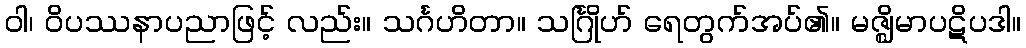
ဝါ၊ ဝိပဿနာပညာဖြင့် လည်း။ သင်္ဂဟိတာ။ သင်္ဂြိုဟ် ရေတွက်အပ်၏။ မဇ္ဈိမာပဋိပဒါ။